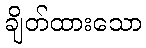
ချိတ်ထားသော